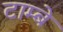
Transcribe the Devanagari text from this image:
टाम्बे